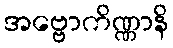
အဗ္ဗောကိဏ္ဏာနိ